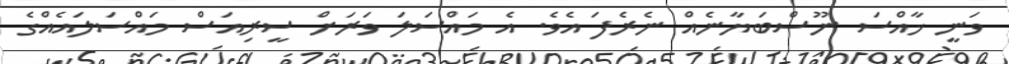
ވަނީ ޚާއްސަ ނޫސްބަޔާނެއް ނެރެފަ އެވެ. އެ މައްސަލަ ވަރަށް ސީރިއަސް މައްސަލައެއްގެ